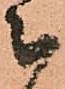
被